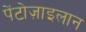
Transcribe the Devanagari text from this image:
पेंटोज़ाइलान